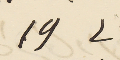
الى 19